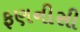
ફણનીસી